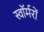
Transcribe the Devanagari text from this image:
स्वॉर्मरों